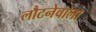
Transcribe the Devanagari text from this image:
लौटनेवाला